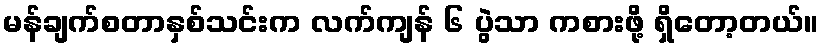
မန်ချက်စတာနှစ်သင်းက လက်ကျန် ၆ ပွဲသာ ကစားဖို့ ရှိတော့တယ်။